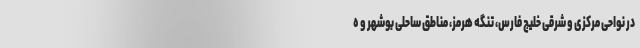
در نواحی مرکزی و شرقی خلیج فارس، تنگه هرمز، مناطق ساحلی بوشهر و ه